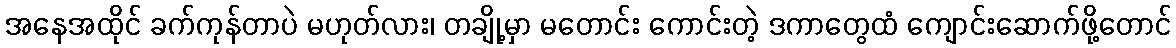
အနေအထိုင် ခက်ကုန်တာပဲ မဟုတ်လား၊ တချို့မှာ မတောင်း ကောင်းတဲ့ ဒကာတွေထံ ကျောင်းဆောက်ဖို့တောင်